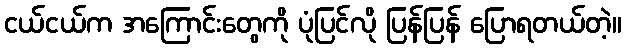
ငယ်ငယ်က အကြောင်းတွေကို ပုံပြင်လို ပြန်ပြန် ပြောရတယ်တဲ့။